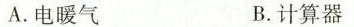
A.电暖气 B.计算器